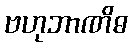
ဗဟုဘာဏိဓ